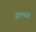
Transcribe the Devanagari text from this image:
ओएमव्ही